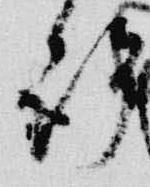
許